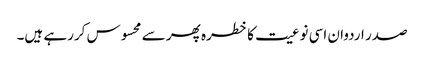
صدر اردوان اسی نوعیت کا خطرہ پھر سے محسوس کررہے ہیں۔